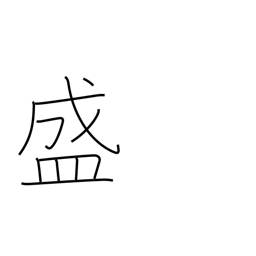
Meaning: prosper